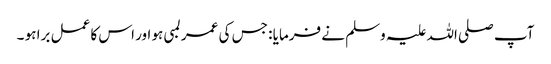
آپ صلی اللہ علیہ وسلم نے فرمایا : جس کی عمر لمبی ہو اور اس کا عمل برا ہو ۔